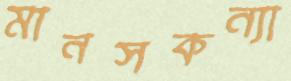
মানসকন্যা